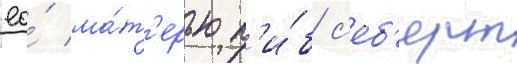
ео́ ма́т'ерью п'и́б с'еб'ерт